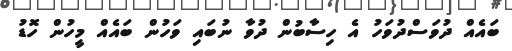
ބައެއް ދުވަސްދުވަހު އެ ހިސާބުން ދުވާ ނުބައި ވަހުން ބައެއް މީހުން ހޮޑު